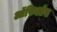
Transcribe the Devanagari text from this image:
ऑफिऑस